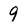
Character: 9